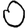
Digit: 0